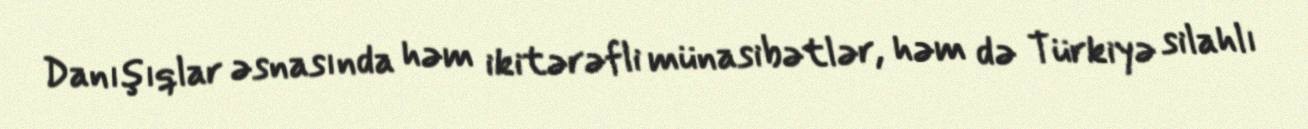
Danışıqlar əsnasında həm ikitərəfli münasibətlər, həm də Türkiyə silahlı